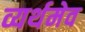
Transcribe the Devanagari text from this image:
व्यर्थमेव